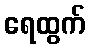
ရေထွက်